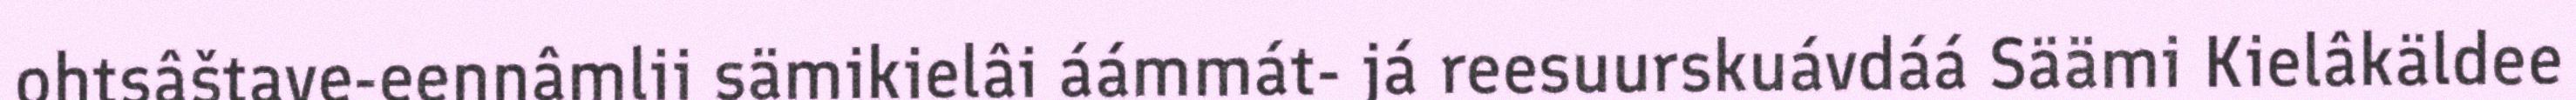
ohtsâštave-eennâmlii sämikielâi áámmát- já reesuurskuávdáá Säämi Kielâkäldee